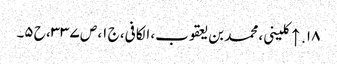
۱۸. ↑ کلینی، محمد بن یعقوب، الکافی، ج ۱، ص ۳۳۷، ح ۵۔